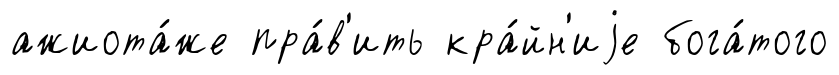
ажиота́же пра́в'ить кра́йн'иjе бога́того